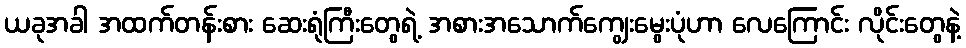
ယခုအခါ အထက်တန်းစား ဆေးရုံကြီးတွေရဲ့ အစားအသောက်ကျွေးမွေးပုံဟာ လေကြောင်း လိုင်းတွေနဲ့